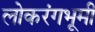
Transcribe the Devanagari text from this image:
लोकरंगभूमी